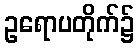
ဥရောပတိုက်၌